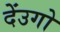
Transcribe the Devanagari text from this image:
देंउगो